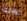
غازية